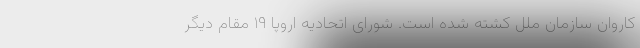
کاروان سازمان ملل کشته شده است. شورای اتحادیه اروپا ۱۹ مقام دیگر